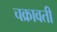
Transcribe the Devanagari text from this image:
चक्रावती